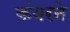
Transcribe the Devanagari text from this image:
कंवरने